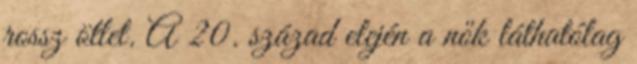
rossz ötlet. A 20. század elején a nők láthatólag